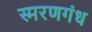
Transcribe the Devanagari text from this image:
स्मरणगंध